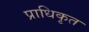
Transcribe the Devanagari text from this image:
प्राधिकृत